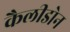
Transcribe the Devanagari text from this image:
कैलीडोन